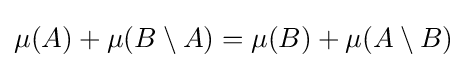
\mu (A)+\mu (B\setminus A)=\mu (B)+\mu (A\setminus B)